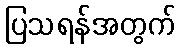
ပြသရန်အတွက်